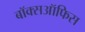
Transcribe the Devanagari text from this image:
बॉक्सऑफिस